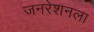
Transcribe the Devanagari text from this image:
जनरेशनला